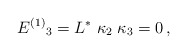
\begin{align*}E^{(1)}{}_3 = L^* \; \kappa_2 \; \kappa_3 = 0\,,\end{align*}